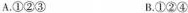
A.①②③ B.①②④